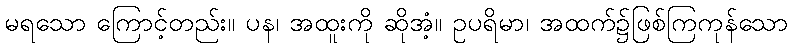
မရသော ကြောင့်တည်း။ ပန၊ အထူးကို ဆိုအံ့။ ဥပရိမာ၊ အထက်၌ဖြစ်ကြကုန်သော